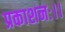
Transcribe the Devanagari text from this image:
प्रकाशनः।।